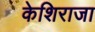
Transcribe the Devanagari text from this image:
केशिराजा